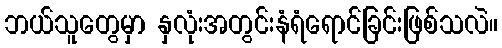
ဘယ်သူတွေမှာ နှလုံးအတွင်းနံရံရောင်ခြင်းဖြစ်သလဲ။